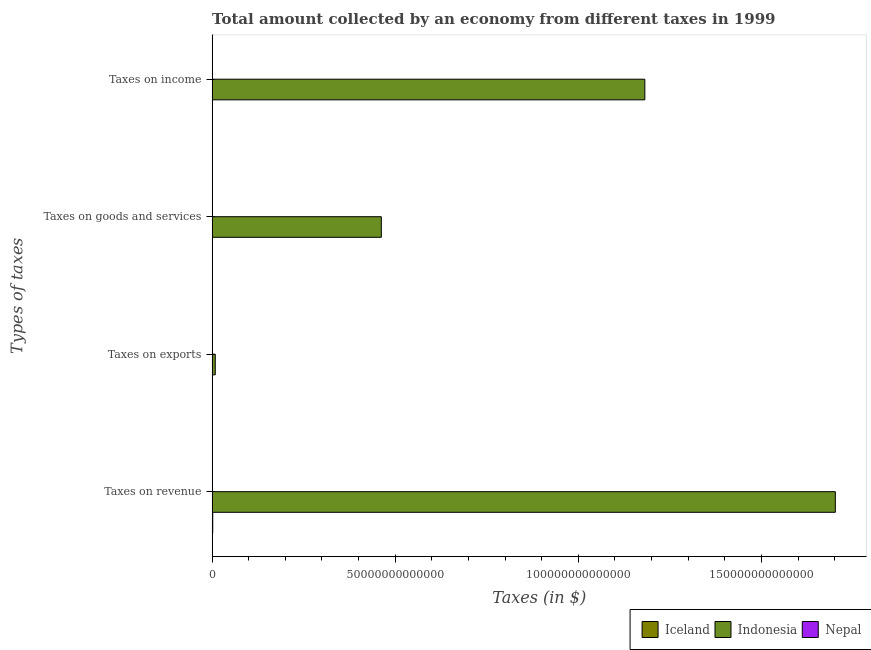
| Types of taxes | Iceland | Indonesia | Nepal |
 | --- | --- | --- | --- |
 | Taxes on revenue | 1.68e+11 | 1.7e+14 | 2.88e+10 |
 | Taxes on exports | -5.35e+07 | 8.58e+11 | 3.78e+08 |
 | Taxes on goods and services | 1.05e+11 | 4.62e+13 | 1.2e+10 |
 | Taxes on income | 5.18e+10 | 1.18e+14 | 5.77e+09 |